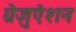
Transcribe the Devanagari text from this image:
ग्रेजुऐशन